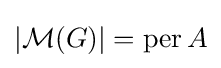
|{\mathcal {M}}(G)|=\operatorname {per} A